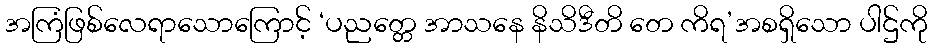
အကြံဖြစ်လေရာသောကြောင့် ‘ပညတ္တေ အာသနေ နိသိဒီတိ တေ ကိရ’အစရှိသော ပါဌ်ကို